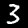
Label: 3